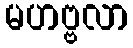
မဟဗ္ဗလာ